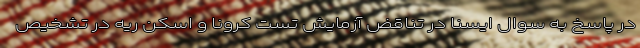
در پاسخ به سوال ایسنا در تناقض آزمایش تست کرونا و اسکن ریه در تشخیص